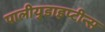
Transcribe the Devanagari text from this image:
पालीयुडाइप्टीन्स